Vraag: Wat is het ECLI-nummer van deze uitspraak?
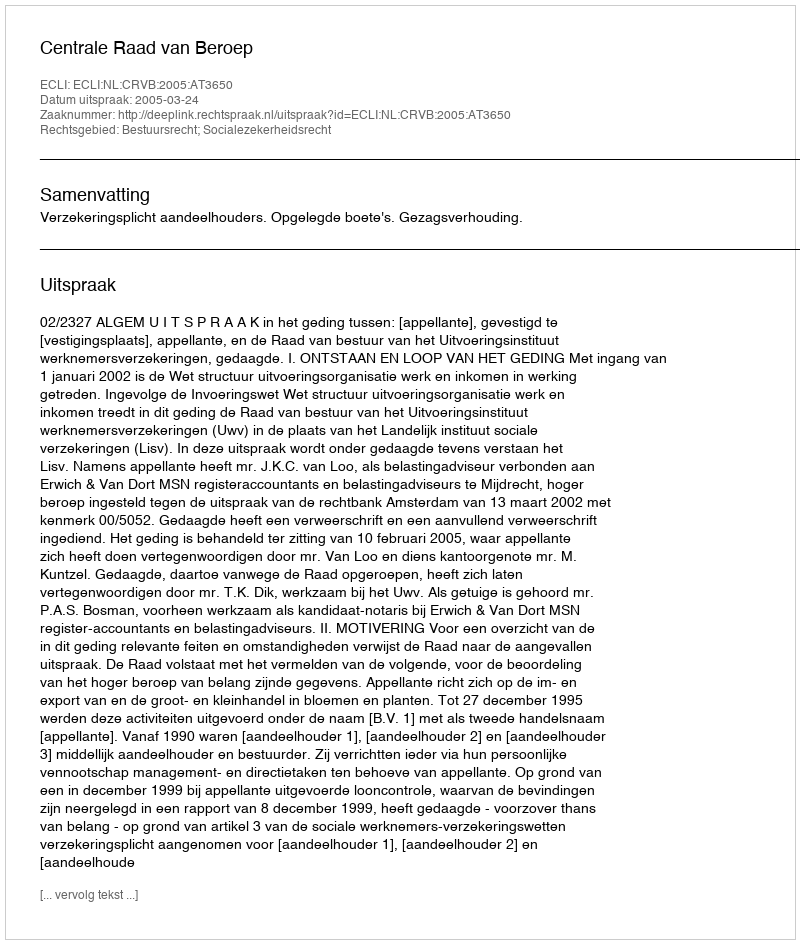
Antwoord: ECLI:NL:CRVB:2005:AT3650